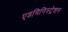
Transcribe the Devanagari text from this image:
एडमिनिस्‍ट्रेशन